Lunatic asylums Punjab 1895-1910 - 1895-1910
Year: 1895
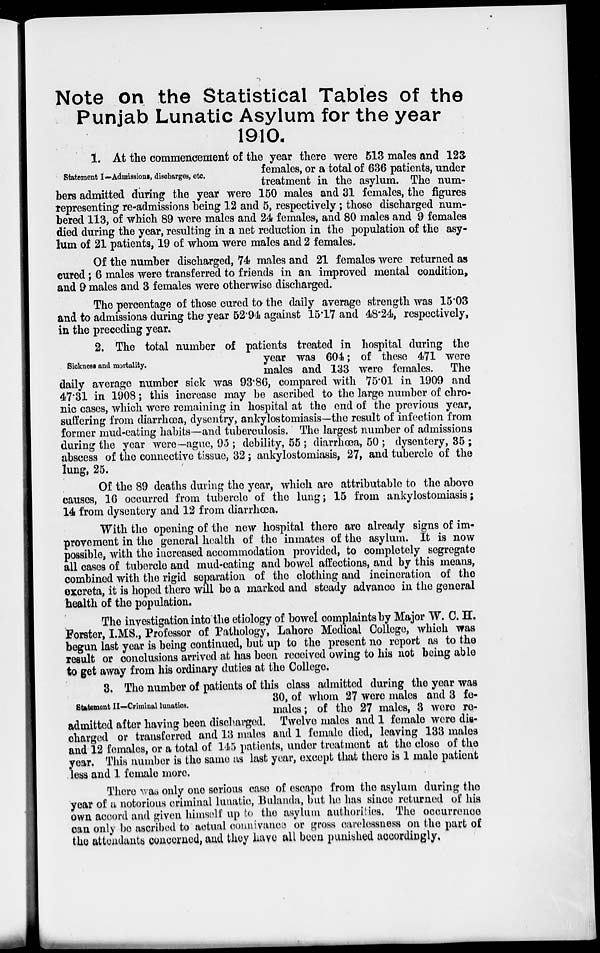
Note on the Statistical Tables of the
Punjab Lunatic Asylum for the year
1910.
Statement I—Admissions, discharges, etc.
1. At the commencement of the year there were 513 males and 123
females, or a total of 636 patients, under
treatment in the asylum. The num-
bers admitted during the year were 150 males and 31 females, the figures
representing re-admissions being 12 and 5, respectively ; those discharged num-
bered 113, of which 89 were males and 24 females, and 80 males and 9 females
died during the year, resulting in a net reduction in the population of the asy-
lum of 21 patients, 19 of whom were males and 2 females.
Of the number discharged, 74 males and 21 females were returned as
cured ; 6 males were transferred to friends in an improved mental condition,
and 9 males and 3 females were otherwise discharged.
The percentage of those cured to the daily average strength was 15.03
and to admissions during the year 52.94 against 15.17 and 48.24, respectively,
in the preceding year.
Sickness and mortality.
2. The total number of patients treated in hospital during the
year was 604; of these 471 were
males and 133 were females. The
daily average number sick was 93.86, compared with 75.01 in 1909 and
47.31 in 1908 ; this increase may be ascribed to the large number of chro-
nic cases, which were remaining in hospital at the end of the previous year,
suffering from diarrhœa, dysentry, ankylostomiasis—the result of infection from
former mud-eating habits—and tuberculosis. The largest number of admissions
during the year were—ague, 95 ; debility, 55 ; diarrhœa, 50 ; dysentery, 35 ;
abscess of the connective tissue, 32 ; ankylostomiasis, 27, and tubercle of the
lung, 25.
Of the 89 deaths during the year, which are attributable to the above
causes, 16 occurred from tubercle of the lung; 15 from ankylostomiasis;
14 from dysentery and 12 from diarrhœa.
With the opening of the new hospital there are already signs of im-
provement in the general health of the inmates of the asylum. It is now
possible, with the increased accommodation provided, to completely segregate
all cases of tubercle and mud-eating and bowel affections, and by this means,
combined with the rigid separation of the clothing and incineration of the
excreta, it is hoped there will be a marked and steady advance in the general
health of the population.
The investigation into the etiology of bowel complaints by Major W. C. H.
Forster, I.MS., Professor of Pathology, Lahore Medical College, which was
begun last year is being continued, but up to the present no report as to the
result or conclusions arrived at has been received owing to his not being able
to get away from his ordinary duties at the College.
Statement II—Criminal lunatics.
3. The number of patients of this class admitted during the year was
30, of whom 27 were males and 3 fe-
males; of the 27 males, 3 were re-
admitted after having been discharged. Twelve males and 1 female were dis-
charged or transferred and 13 males and 1 female died, leaving 133 males
and 12 females, or a total of 145 patients, under treatment at the close of the
year. This number is the same as last year, except that there is 1 male patient
less and 1 female more.
There was only one serious case of escape from the asylum during the
year of a notorious criminal lunatic, Bulanda, but he has since returned of his
own accord and given himself up to the asylum authorities. The occurrence
can only be ascribed to actual connivance or gross carelessness on the part of
the attendants concerned, and they have all been punished accordingly.